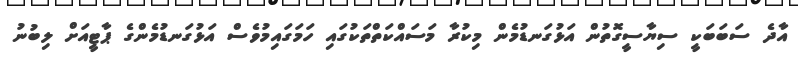
އާދެ ސަބަބަކީ ސިޔާސީގޮތުން އަޅުގަނޑުމެން މިކުރާ މަސައްކަތްތަކުގައި ހަމަގައިމުވެސް އަޅުގަނޑުމެންގެ ޕާޓީއަށް ލިބުނު